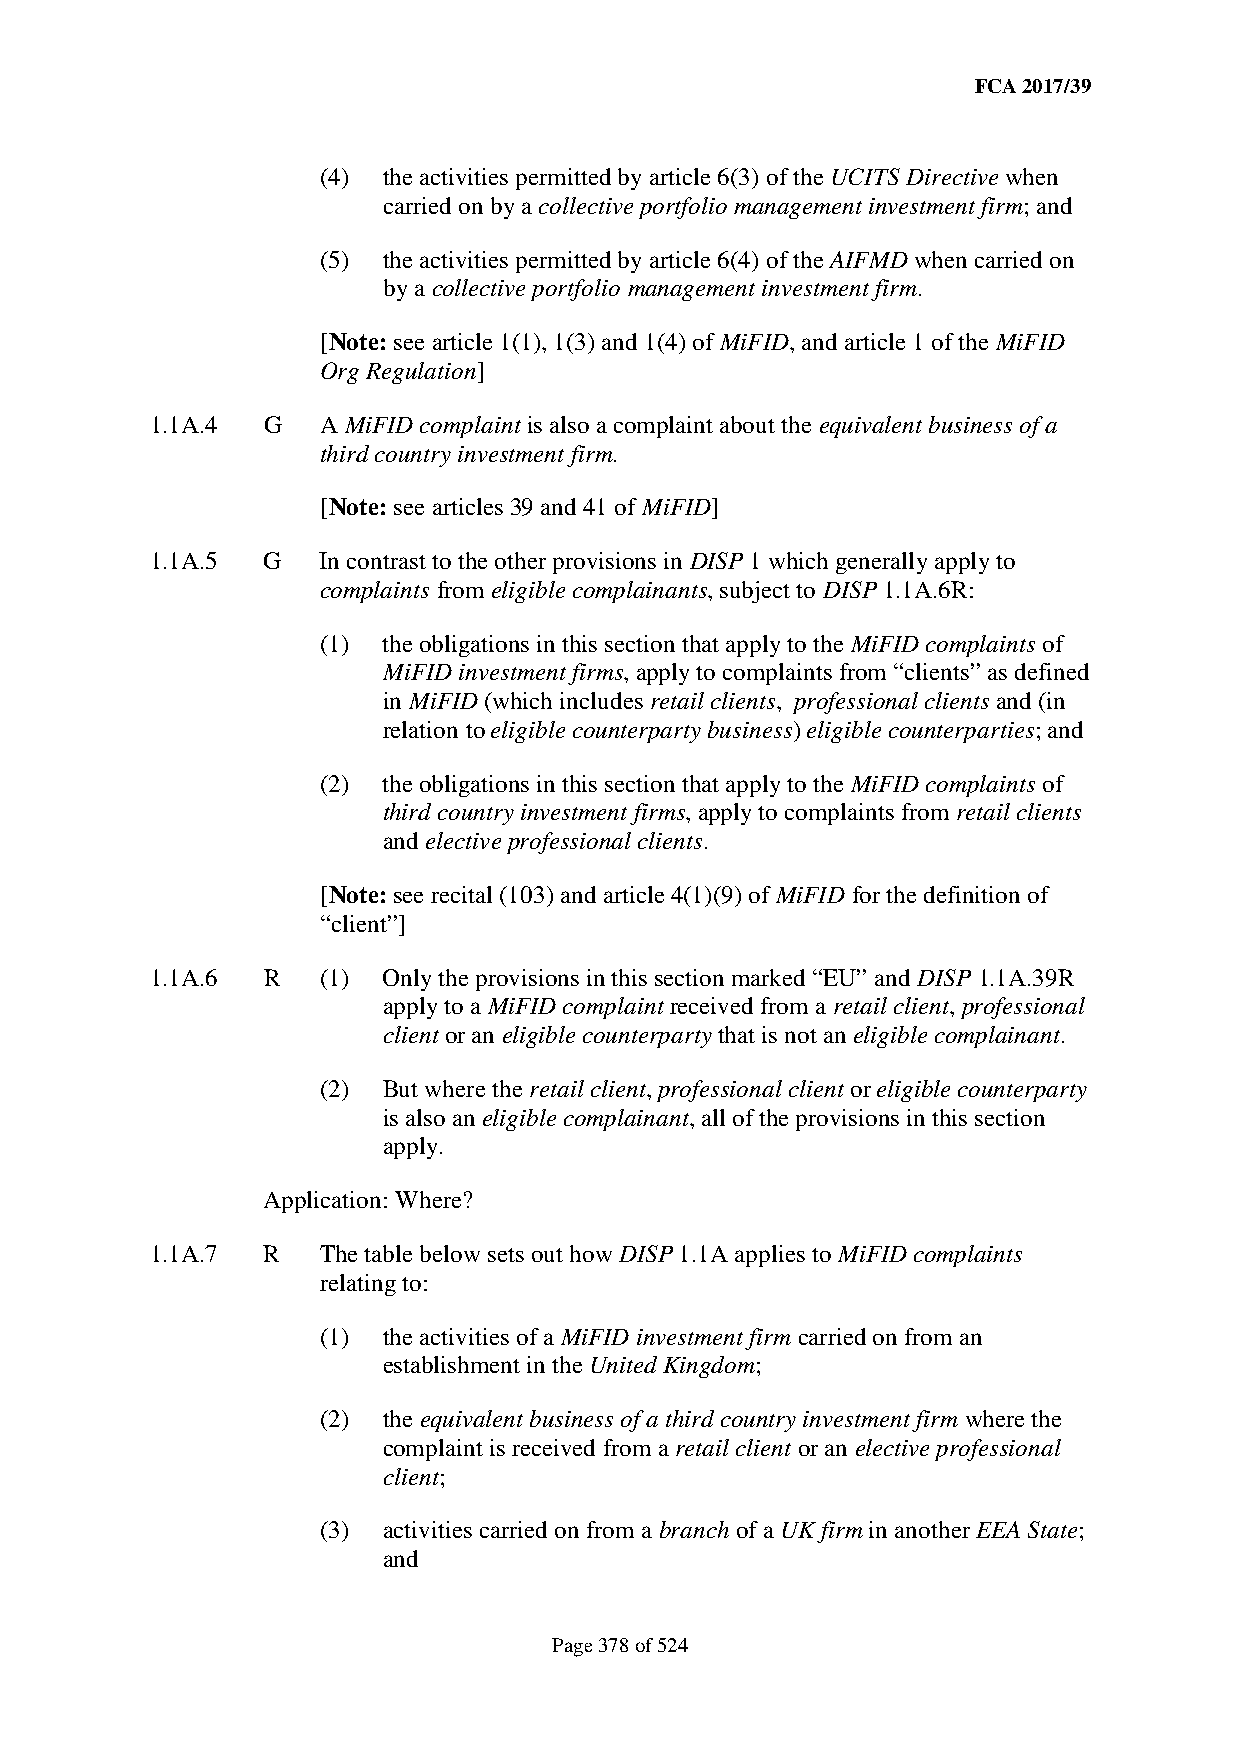
FCA 2017/39
 (4) the activities permitted by article 6(3) of the UCITS Directive when
 carried on by a collective portfolio management investment firm; and
 (5) the activities permitted by article 6(4) of the AIFMD when carried on
 by a collective portfolio management investment firm.
 [Note: see article 1(1), 1(3) and 1(4) of MiFID, and article 1 of the MiFID
 Org Regulation]
 1.1A.4 G   A MiFID complaint is also a complaint about the equivalent business of a
 third country investment firm.
 [Note: see articles 39 and 41 of MiFID]
 1.1A.5 G   In contrast to the other provisions in DISP 1 which generally apply to
 complaints from eligible complainants, subject to DISP 1.1A.6R:
 (1) the obligations in this section that apply to the MiFID complaints of
 MiFID investment firms, apply to complaints from “clients” as defined
 in MiFID (which includes retail clients, professional clients and (in
 relation to eligible counterparty business) eligible counterparties; and
 (2) the obligations in this section that apply to the MiFID complaints of
 third country investment firms, apply to complaints from retail clients
 and elective professional clients.
 [Note: see recital (103) and article 4(1)(9) of MiFID for the definition of
 “client”]
 1.1A.6 R   (1) Only the provisions in this section marked “EU” and DISP 1.1A.39R
 apply to a MiFID complaint received from a retail client, professional
 client or an eligible counterparty that is not an eligible complainant.
 (2) But where the retail client, professional client or eligible counterparty
 is also an eligible complainant, all of the provisions in this section
 apply.
 Application: Where?
 1.1A.7 R   The table below sets out how DISP 1.1A applies to MiFID complaints
 relating to:
 (1) the activities of a MiFID investment firm carried on from an
 establishment in the United Kingdom;
 (2) the equivalent business of a third country investment firm where the
 complaint is received from a retail client or an elective professional
 client;
 (3) activities carried on from a branch of a UK firm in another EEA State;
 and
 Page 378 of 524